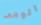
اتوقف